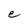
Character: e